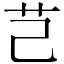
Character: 芑